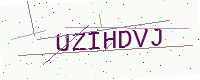
Text: UZIHDVJ